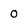
Character: 0